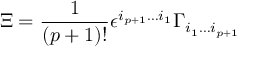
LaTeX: \Xi = { \frac { 1 } { ( p + 1 ) ! } } \epsilon ^ { i _ { p + 1 } \dots i _ { 1 } } \Gamma _ { i _ { 1 } \dots i _ { p + 1 } }